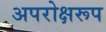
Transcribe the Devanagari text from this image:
अपरोक्षरूप